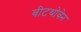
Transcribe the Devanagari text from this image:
बीटथोवेन